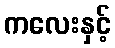
ကလေးနှင့်